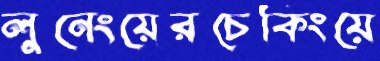
লুনেংয়েরচেকিংয়ে